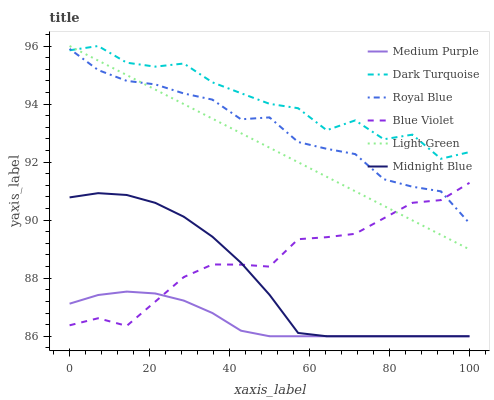
| xaxis_label | Medium Purple | Dark Turquoise | Royal Blue | Blue Violet | Light Green | Midnight Blue |
 | --- | --- | --- | --- | --- | --- | --- |
 | 0 | 87.1 | 95.9 | 95.9 | 86.4 | 96 | 90.8 |
 | 7.14 | 87.4 | 96 | 95.2 | 86.6 | 95.5 | 90.9 |
 | 14.3 | 87.5 | 95.4 | 94.8 | 86.4 | 95 | 90.9 |
 | 21.4 | 87.5 | 95.3 | 94.7 | 87.2 | 94.5 | 90.6 |
 | 28.6 | 87.2 | 95.4 | 94.4 | 88 | 94 | 90.1 |
 | 35.7 | 86.8 | 94.7 | 94.2 | 88.5 | 93.5 | 89.4 |
 | 42.9 | 86.2 | 94.4 | 93.5 | 88.5 | 93 | 88.5 |
 | 50 | 86 | 94 | 93.5 | 88.4 | 92.5 | 87.4 |
 | 57.1 | 86 | 93.9 | 92.7 | 89.3 | 92 | 86.1 |
 | 64.3 | 86 | 93.1 | 92.5 | 89.4 | 91.5 | 86 |
 | 71.4 | 86 | 93.4 | 92.3 | 89.5 | 91 | 86 |
 | 78.6 | 86 | 92.8 | 91.4 | 90.1 | 90.5 | 86 |
 | 85.7 | 86 | 92.9 | 91.2 | 90.6 | 90 | 86 |
 | 92.9 | 86 | 92.1 | 91 | 90.7 | 89.5 | 86 |
 | 100 | 86 | 92.3 | 89.9 | 91.3 | 89 | 86 |